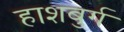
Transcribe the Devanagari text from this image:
हाशबुर्ग